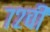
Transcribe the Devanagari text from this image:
७२वीं